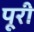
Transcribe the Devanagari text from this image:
पूूरी